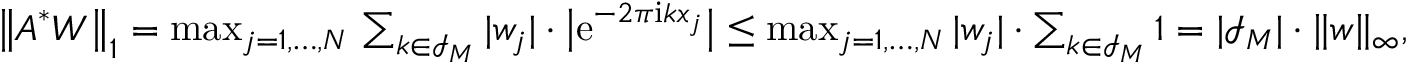
\begin{array} { r } { \big \| \boldsymbol A ^ { * } \boldsymbol W \big \| _ { 1 } = \operatorname* { m a x } _ { j = 1 , \dots , N } \, \sum _ { \boldsymbol k \in \mathcal I _ { \boldsymbol M } } | w _ { j } | \cdot \big | \mathrm e ^ { - 2 \pi \mathrm i \boldsymbol k \boldsymbol x _ { j } } \big | \leq \operatorname* { m a x } _ { j = 1 , \dots , N } | w _ { j } | \cdot \sum _ { \boldsymbol k \in \mathcal I _ { \boldsymbol M } } 1 = | \mathcal I _ { \b { M } } | \cdot \| \boldsymbol w \| _ { \infty } , } \end{array}